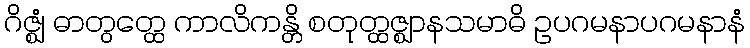
ဂိဇ္ဈံ ဓာတွတ္ထေ ကာလိကန္တိ စတုတ္ထဇ္ဈာနသမာဓိ ဥပဂမနာပဂမနာနံ